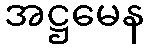
အဋ္ဌမေန